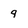
Character: 9